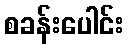
စခန်းပေါင်း